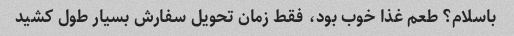
باسلام؟ طعم غذا خوب بود، فقط زمان تحویل سفارش بسیار طول کشید